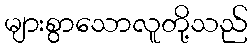
များစွာသောလူတို့သည်